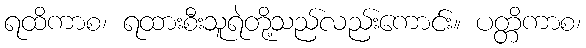
ရထိကာစ၊ ရထားစီးသူရဲတို့သည်လည်းကောင်း။ ပတ္တိကာစ၊